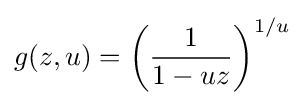
g(z,u)=\left({\frac {1}{1-uz}}\right)^{1/u}